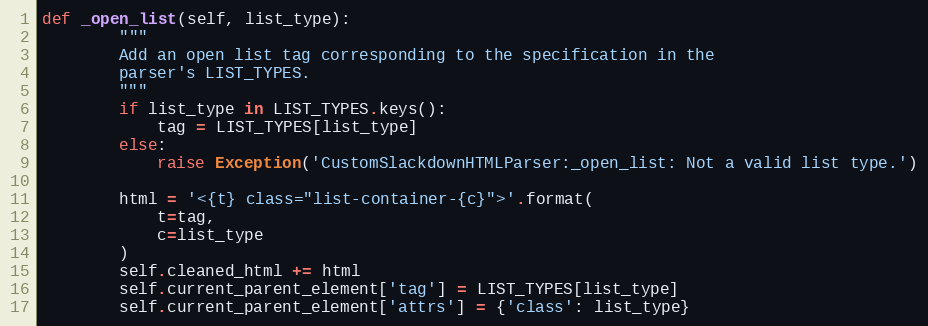
Language: Python
def _open_list(self, list_type):
        """
        Add an open list tag corresponding to the specification in the
        parser's LIST_TYPES.
        """
        if list_type in LIST_TYPES.keys():
            tag = LIST_TYPES[list_type]
        else:
            raise Exception('CustomSlackdownHTMLParser:_open_list: Not a valid list type.')

        html = '<{t} class="list-container-{c}">'.format(
            t=tag,
            c=list_type
        )
        self.cleaned_html += html
        self.current_parent_element['tag'] = LIST_TYPES[list_type]
        self.current_parent_element['attrs'] = {'class': list_type}